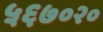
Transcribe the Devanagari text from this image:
५६७०२०